Medical and sanitary report of the native army of Bengal for the year
Year: 1875
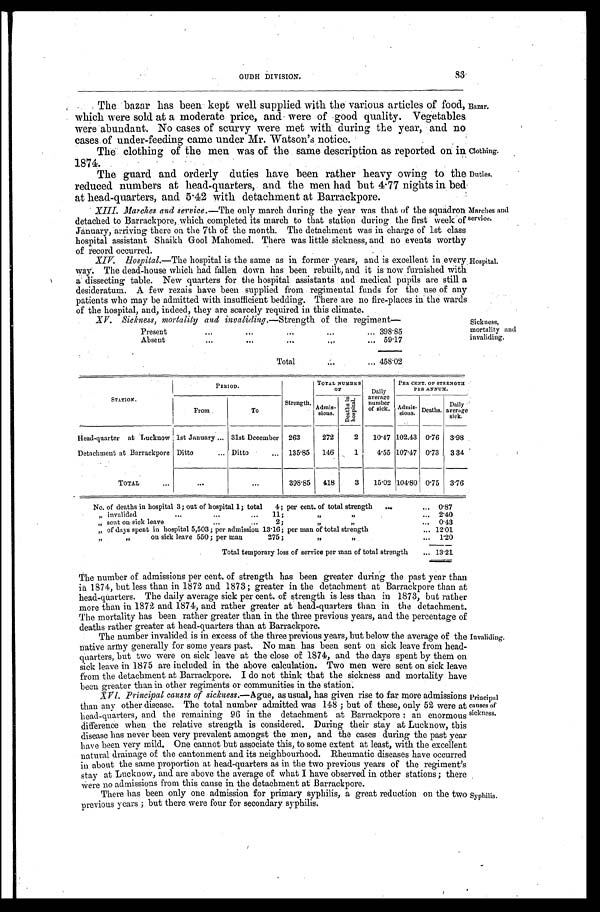
OUDH DIVISON.
83
Clothing.
Duties.
The bazar has been kept well supplied with the various articles of food,
which were sold at a moderate price, and were of good quality. Vegetables
were abundant. No cases of scurvy were met with during the year, and no
casas of under-feeding came under Mr. Watson's notice.
The clothing of the men was of the same description as reported on in
1874.
The guard and orderly duties have been rather heavy owing to the
reduced numbers at head-quarters, and the men had but 4.77 nights in bed
nights in bed at head-quarters, and 5 . 42 with detachment at Barrackpore.
XIII. Marches and service.— The only march during the year was that of the squadron
detached to Barrackpore, which completed its march to that station during the first week of
January, arriving there on the 7th of the month. The detachment was in charge of 1st class
hospital assistant Shaikh Gool Mahomed. There was little sickness, and no events worthy
of record occurred.
XIV. Hospital.—T h e
h o s p i t a l i s t h e s a m e a s i n f o r m e r y e a r s , a n d i s e x c e l l e n t i n e v e r y
way. The dead-house which had fallen down has been rebuilt, and it is now furnished with
a dissecting table. New quarters for the hospital assistants and medical pupils are still a
desideratum. A few rezais have been supplied from regimental funds for the use of any
patients who may be admitted with insufficient bedding. There are no fire-places in the wards
of the hospital, and, indeed, they are scarcely required in this climate.
Bazar.
Marches and
service.
Hospital.
XV. Sickness, mortality and invaliding. —Strength of the regiment
Present . . .
398.85
Absent . . .
59.17
Total . . .
458.02
Sickness,
mortality and
invaliding.
S T A T I O N .
PERIOD.
Strength.
TOTAL NUMBER
OF
Daily
average
number
of sick.
PER CENT. OF STRENGTH
PER ANNUM.
From
To
Admix-
sions.
D e a t h s i n h o s p i t a l .
Admis-
sions. Deaths.
Daily
average
sick.
Head-quarter at Lucknow 1st January . . . 31st December 263
272
2
10.47 102,43 0.76 3.98
Detachment at Barrackpore Ditto . . .
Ditto . . .
135.85 146
1
4.55 107.47 0.73 3 34
TOTAL . . .
. . .
. . .
398.85 418
3
15.02 104.80 0.75 3.76
No. of deaths in hospital 3; out of hospital 1; total 4; per cent. of total strength . . .
0.87
" i n v a l i d e d . . . 1 1 ; " " . . .
2.40
"sent on sick leave2; " " . . .
0.43
" of days spent in hospital 5,503; per admission 13.16; per man of total strength . . .
12.01
" "
on sick leave 550 ; per man 275; " " . . .
1.20
Total temporary loss of service per man of total strength . . .
13.21
The number of admissions per cent, of strength has been greater during the past year than
in 1874, but less than in 1872 and 1873; greater in the detachment at Barrackpore than at
head-quarters. The daily average sick per cent. of strength is less than in 1873, but rather
more than in 1872 and 1874, and rather greater at head-quarters than in the detachment.
The mortality has been rather greater than in the three previous years, and the percentage of
deaths rather greater at head-quarters than at Barrackpore.
The number invalided is in excess of the three previous years, but below the average of the
native army generally for some years past. No man has been sent on sick leave from head
-quarters, but two were on sick leave at the close of 1874, and the days spent by them on
sick leave in 1875 are included in the above calculation. Two men were sent on sick leave
from the detachment at Barrackpore. I do not think that the sickness and mortality have
been greater than in other regiments or communities in the station.
Invaliding.
XVI. Principal causes of sickness.— Ague, as usual, has given rise to far more admissions
than any other disease. The total number admitted was 148; but of these, only 52 were at
head-quarters, and the remaining 96 in the detachment at Barrackpore: an enormous
difference when the relative strength is considered. During their stay at Lucknow, this
disease has never been very prevalent amongst the men, and the cases during the past year
have been very mild. One cannot but associate this, to some extent at least, with the excellent
natural drainage of the cantonment and its neighbourhood. Rheumatic diseases have occurred
in about the same proportion at head-quarters as in the two previous years of the regiment's
stay at Lucknow, and are above the average of what I have observed in other stations; there
were no admissions from this cause in the detachment at Barrackpore.
There has been only one admission tor primary syphilis, a great reduction on the two
previous years; but there were four for secondary syphilis.
Principal
causes of
sickness.
Syphilis.